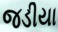
જડીયા